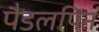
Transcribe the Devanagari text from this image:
पैडलपिन